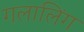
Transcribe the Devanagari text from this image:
गलालिंग